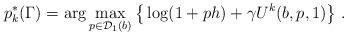
LaTeX: \begin{align*}p_k^*(\Gamma) = \arg \max_{p\in{\cal D}_{1}(b)}\big\{ \log(1+ph) + \gamma U^k(b,p,1)\big\}\ .\end{align*}